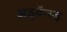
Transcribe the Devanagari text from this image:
अड्वॅन्स्ड